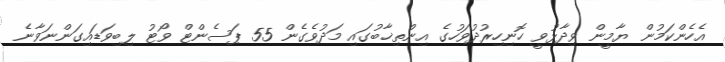
އެހެންކަމުން ޔާމީން ވިދާޅުވީ ހޮނިހިރުދުވަހުގެ އިންތިޚާބުގައި މަދުވެގެން 55 ޕަސެންޓް ވޯޓު ލިބިވަޑައިގަންނަވާނެ